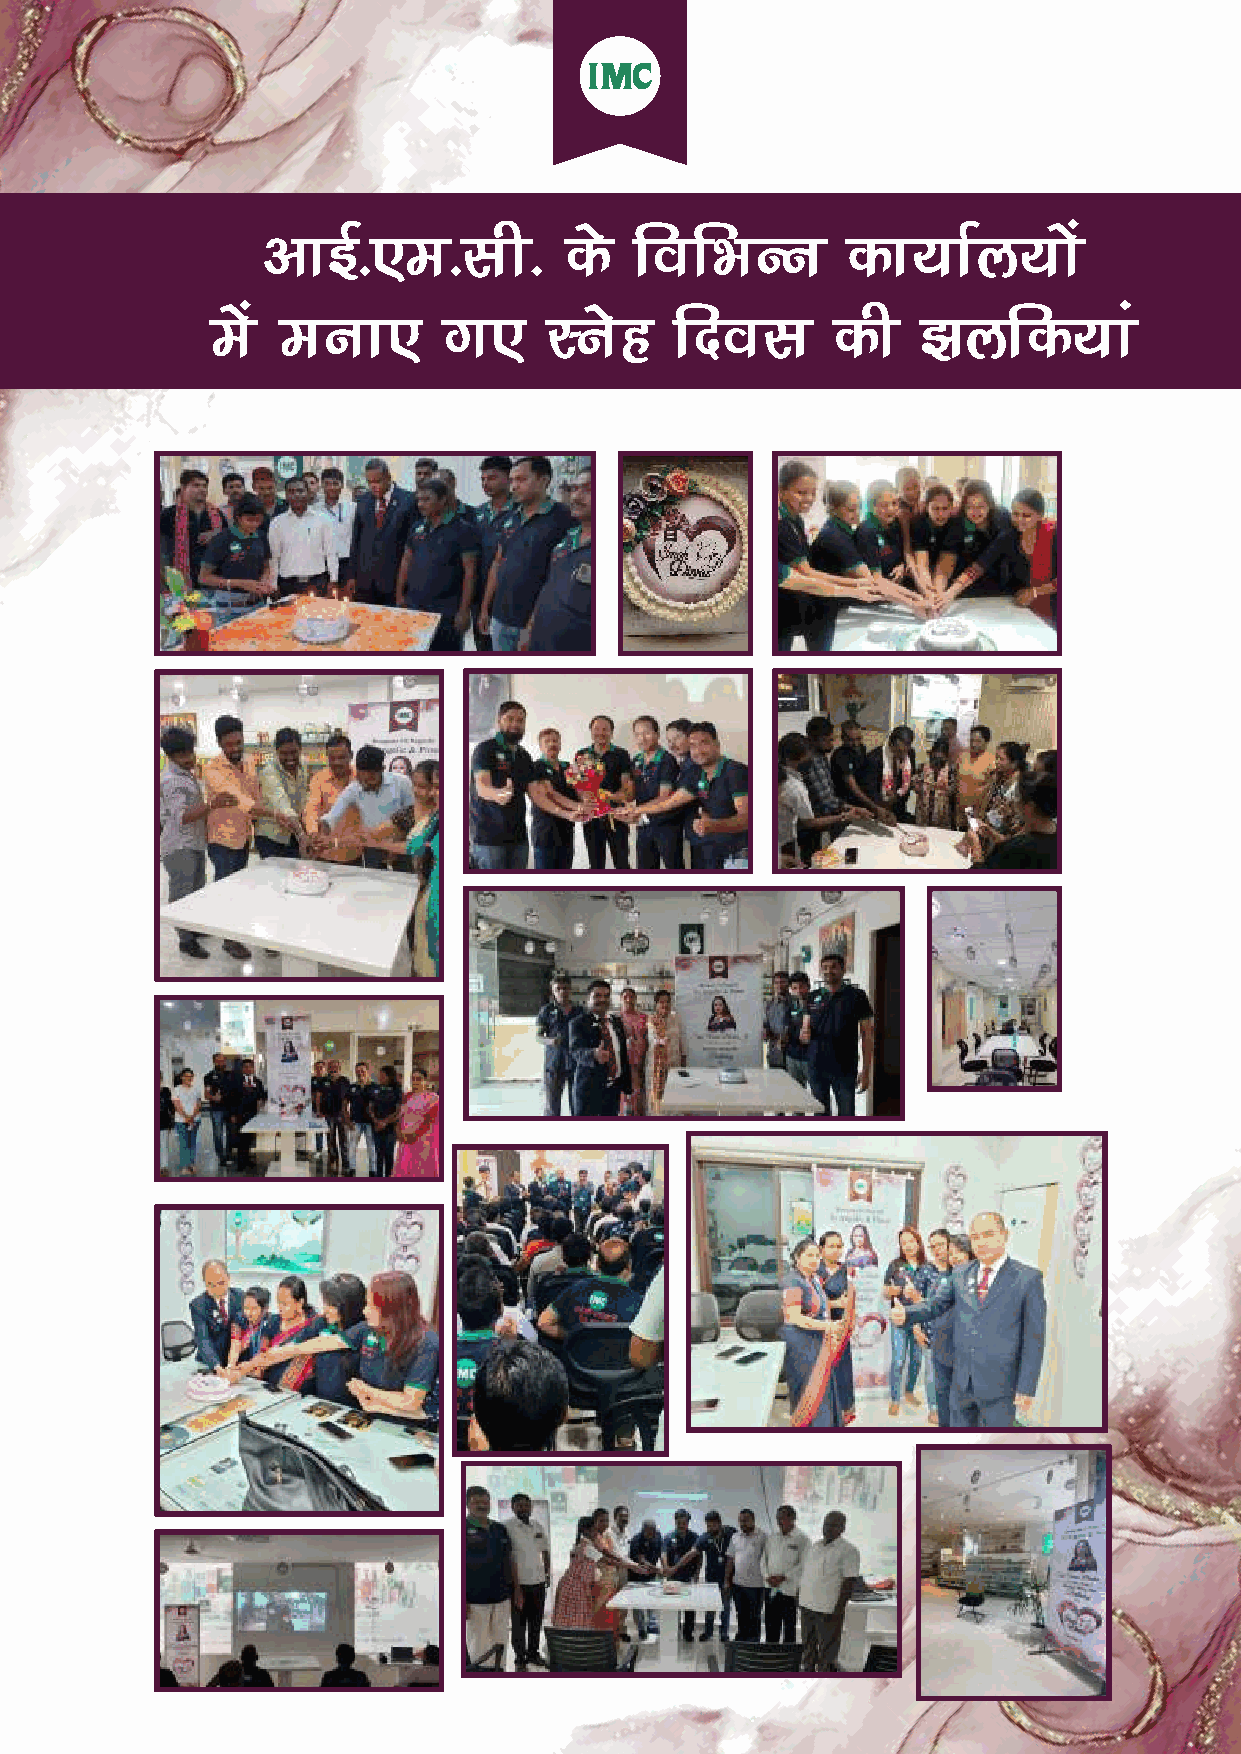
vkbZ-,e-lh-         ds   fofHkUu       dk;kZy;ksa
 esa  euk,      x,     Lusg     fnol      dh    >yfd;ka